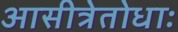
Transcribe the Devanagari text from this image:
आसीत्रेतोधाः